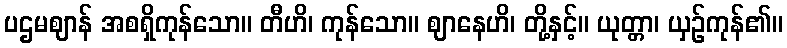
ပဌမဈာန် အစရှိကုန်သော။ တီဟိ၊ ကုန်သော။ ဈာနေဟိ၊ တို့နှင့်။ ယုတ္တာ၊ ယှဉ်ကုန်၏။